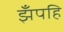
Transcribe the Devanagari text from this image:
झँपहि